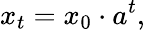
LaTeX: x_{t}=x_{0}\cdot a^{t},